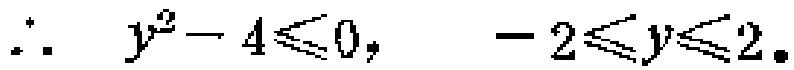
\(\therefore \quad y^{2}-4\leqslant0,\quad -2\leqslant y\leqslant2.\)